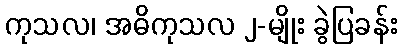
ကုသလ၊ အဓိကုသလ ၂-မျိုး ခွဲပြခန်း